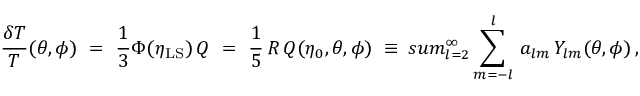
{ \frac { \delta T } { T } } ( \theta , \phi ) \ = \ { \frac { 1 } { 3 } } \Phi ( \eta _ { \mathrm { L S } } ) \, Q \ = \ { \frac { 1 } { 5 } } \, { \cal R } \, Q ( \eta _ { 0 } , \theta , \phi ) \ \equiv \, s u m _ { l = 2 } ^ { \infty } \sum _ { m = - l } ^ { l } \, a _ { l m } \, Y _ { l m } ( \theta , \phi ) \, ,